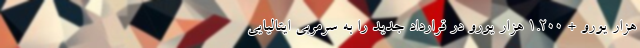
هزار یورو + 1.200 هزار یورو در قرارداد جدید را به سرمربی ایتالیایی